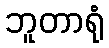
ဘူတာရုံ